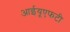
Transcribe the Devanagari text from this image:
आईयूएफटी